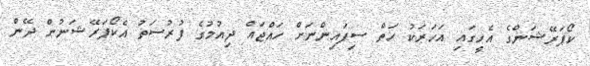
ކޯޕަރޭޝަންގެ އެހީގައި އަހަރަކު ހަތް ސިފައިންނަށް ހައްޖައް ދިއުމުގެ ފުރުސަތު އެކޯޕަރޭޝަނުން ދޭން